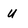
Character: U